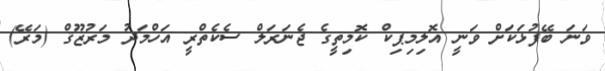
ވަނަ ބޭފުޅަކަށް ވަނީ އޮލިމިޕިކް ކޮމިތީގެ ޖެނަރަލް ސެކެތްރީ އަހްމަދު މަރުޒޫޤް (މަރޭ)